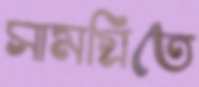
সামগ্রিতে